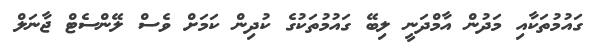
ގައުމުތަކާއި މަދުން އާމްދަނީ ލިބޭ ގައުމުތަކުގެ ކުދިން ކަމަށް ވެސް ލޭންސެޓް ޖާނަލް